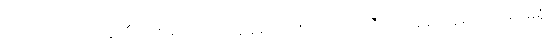
ဟုတ်ပါတယ် အန်တီ၊ တစ်ခါတလေ ကျွန်တော့်မှာလည်း အဲဒီလိုပဲ ခေါင်းချစရာနေရာမရှိ